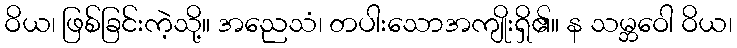
ဝိယ၊ ဖြစ်ခြင်းကဲ့သို့။ အညေသံ၊ တပါးသောအကျိုးရှိ၏။ န သမ္ဘဝေါ ဝိယ၊